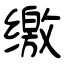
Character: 缴